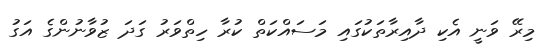
މިރޭ ވަނީ އެކި ދާއިރާތަކުގައި މަސައްކަތް ކުރާ ހިތްވަރު ގަދަ ޒުވާނުންގެ އަގު